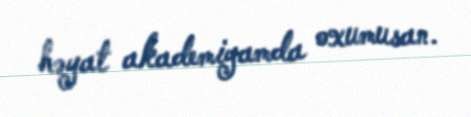
həyat akademiyamda oxumusan.